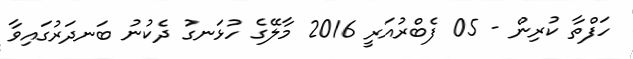
ހަފްތާ ކުރިން - 05 ފެބްރުއަރީ 2016 މާލޭގެ ހުޅަނގު ދެކުނު ބަނދަރުގައިވާ